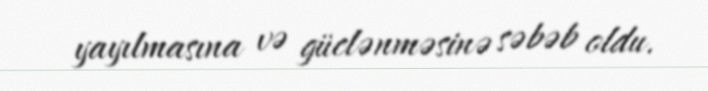
yayılmasına və güclənməsinə səbəb oldu.